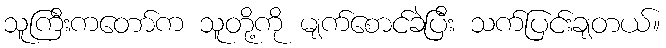
သူကြီးကတော်က သူတို့ကို မျက်စောင်ခဲပြီး သက်ပြင်းချတယ်။